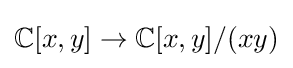
\mathbb {C} [x,y]\to \mathbb {C} [x,y]/(xy)